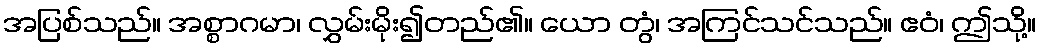
အပြစ်သည်။ အစ္စာဂမာ၊ လွှမ်းမိုး၍တည်၏။ ယော တွံ၊ အကြင်သင်သည်။ ဧဝံ၊ ဤသို့။